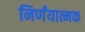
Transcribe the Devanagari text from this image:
निर्णंयात्मक